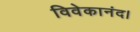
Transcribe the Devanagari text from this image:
विवेकानंद।